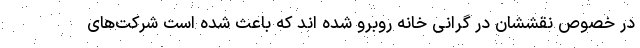
در خصوص نقششان در گرانی خانه روبرو شده اند که باعث شده است شرکت‌های